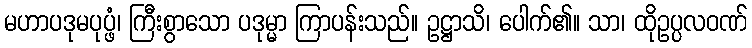
မဟာပဒုမပုပ္ဖံ၊ ကြီးစွာသော ပဒုမ္မာ ကြာပန်းသည်။ ဥဋ္ဌာသိ၊ ပေါက်၏။ သာ၊ ထိုဥပ္ပလဝဏ်